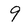
Character: 9